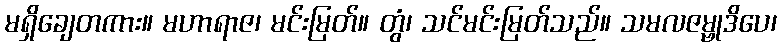
မရှိချေတကား။ မဟာရာဇ၊ မင်းမြတ်။ တွံ၊ သင်မင်းမြတ်သည်။ သမလဇမ္ဗုဒိပေ၊